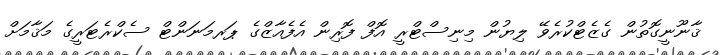
ޤާނޫނީގޮތުން ގެޒެޓްކުރެވޭ ލިޔުން މިނިސްޓްރީ އޮފް ފޮރިން އެފެއާޒްގެ ޕަރމަނަންޓް ސެކްރެޓަރީގެ މަޤާމަށް